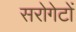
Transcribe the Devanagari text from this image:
सरोगेटों